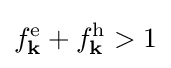
f_{\mathbf {k} }^{\mathrm {e} }+f_{\mathbf {k} }^{\mathrm {h} }>1